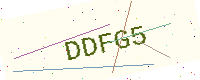
Text: DDFG5